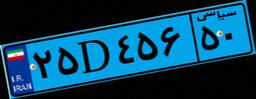
۲۵D۴۵۶۵۰